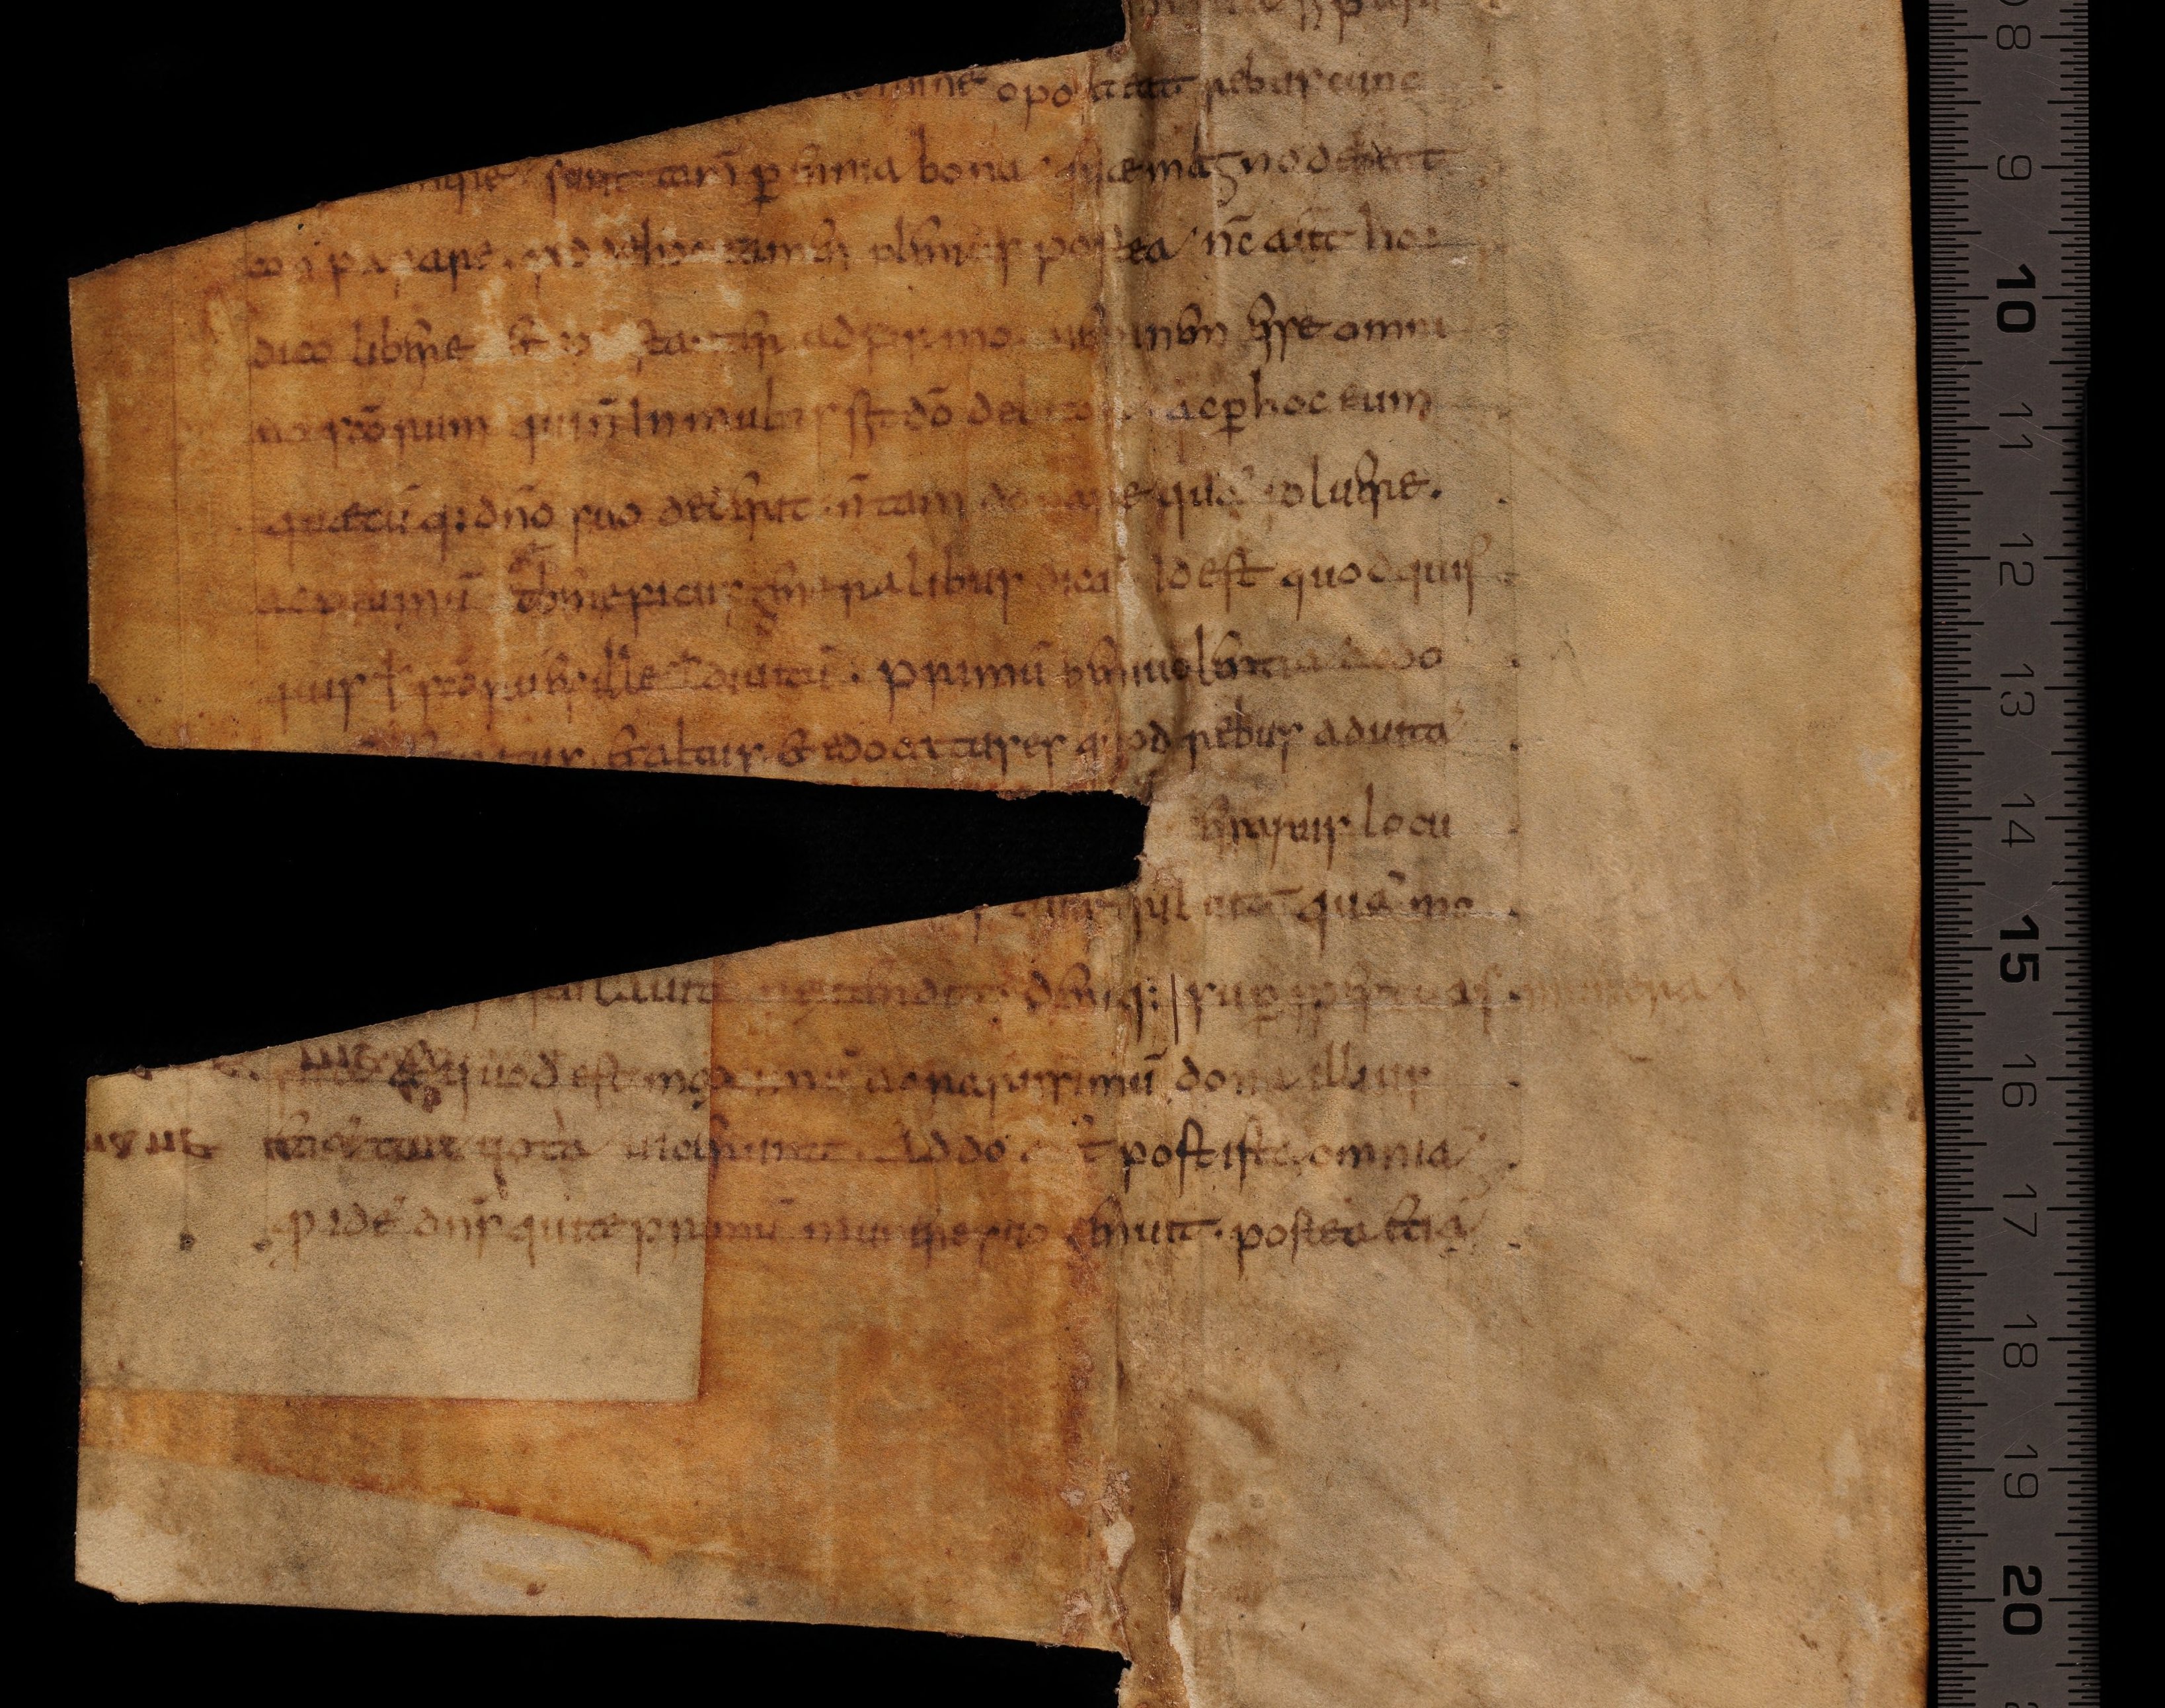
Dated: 800–824